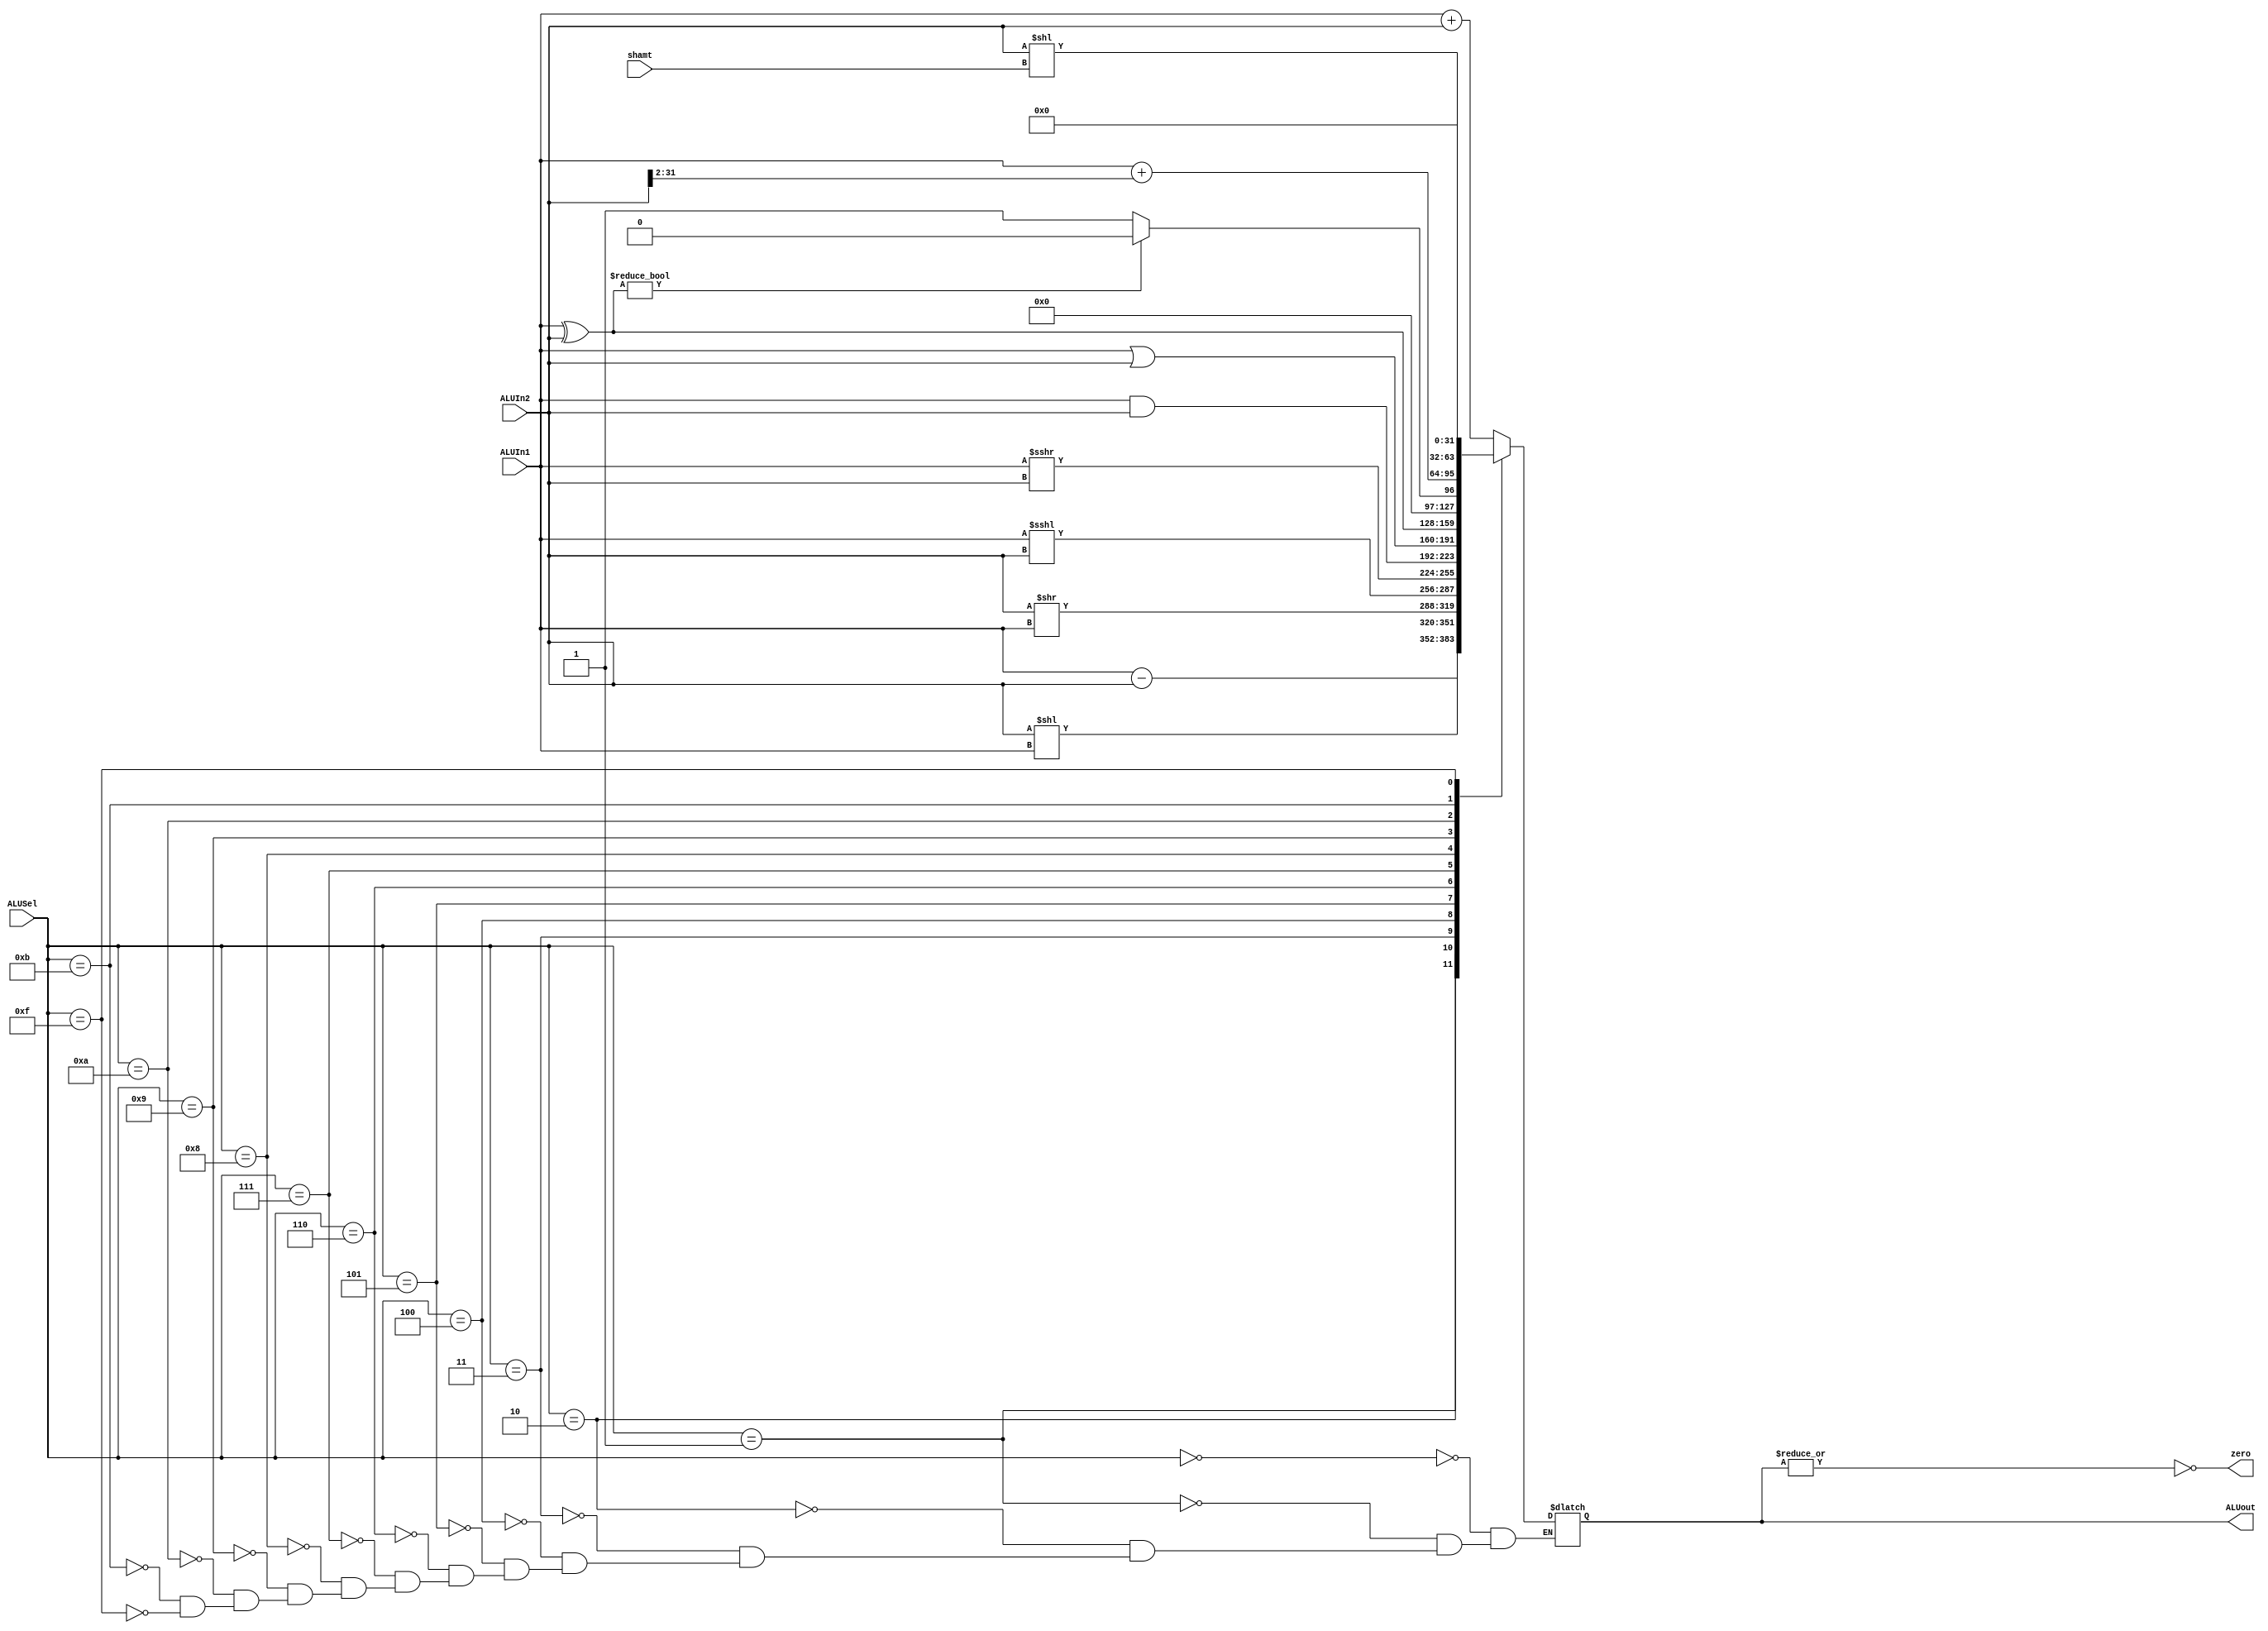
`timescale 1ns / 1ps
//////////////////////////////////////////////////////////////////////////////////
// Company: 
// Engineer: 
// 
// Design Name: 
// Module Name: ALU
// Project Name: 
// Target Devices: 
// Tool Versions: 
// Description: 
// 
// Dependencies: 
// 
// Revision:
// Revision 0.01 - File Created
// Additional Comments:
// 
//////////////////////////////////////////////////////////////////////////////////


module ALU( ALUSel, ALUIn1, ALUIn2,shamt, 
            ALUout, zero);
    parameter   D_Width = 32,
                ALU_Sel = 4;
    input   signed [D_Width-1:0] ALUIn1, ALUIn2;
    input   [(D_Width/8):0]shamt;
    input   [ALU_Sel-1:0] ALUSel;
    output  reg signed [D_Width-1:0]ALUout;
    output  zero;
    
    assign zero = ~(|ALUout);
    always@(*) begin
        case(ALUSel)
            4'b0000 : ALUout = ALUIn1 +   ALUIn2;
            4'b0001 : ALUout = ALUIn1 -   ALUIn2;
            4'b0010 : ALUout = ALUIn2 <<  ALUIn1;
            4'b0011 : ALUout = ALUIn2 >>  ALUIn1;
            4'b0100 : ALUout = ALUIn1 <<< ALUIn2;
            4'b0101 : ALUout = ALUIn1 >>> ALUIn2;
            4'b0110 : ALUout = ALUIn1 &   ALUIn2;
            4'b0111 : ALUout = ALUIn1 |   ALUIn2;
            4'b1000 : ALUout = ALUIn1 ^   ALUIn2;
            4'b1001 : begin
                            if(ALUIn1^ALUIn2) ALUout = 0;
                            else ALUout = 1;
                        end
            4'b1010 : ALUout = ALUIn1 + (ALUIn2>>>2);
            4'b1011 : ALUout = ALUIn2 << shamt;
            4'b1111 : ALUout = 0;
        endcase
    end   
endmodule